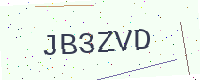
Text: JB3ZVD